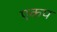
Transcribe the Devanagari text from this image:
एकप